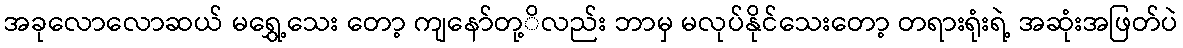
အခုလောလောဆယ် မရွှေ့သေး တော့ ကျနော်တု့ိလည်း ဘာမှ မလုပ်နိုင်သေးတော့ တရားရုံးရဲ့ အဆုံးအဖြတ်ပဲ